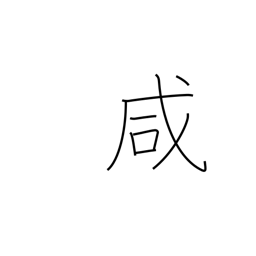
Meaning: same